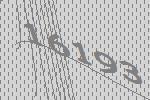
16193